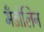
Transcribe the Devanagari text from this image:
मँडोलिन